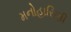
મનોહારિણી